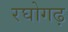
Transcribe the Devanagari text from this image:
रघोगढ़